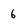
Character: 6